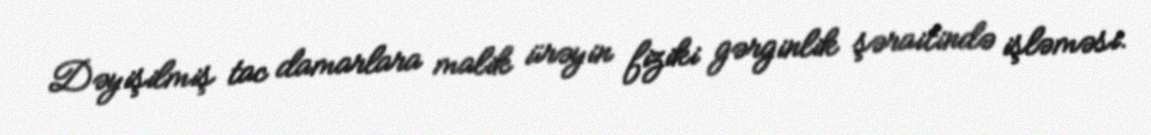
Dəyişilmiş tac damarlara malik ürəyin fiziki gərginlik şəraitində işləməsi.